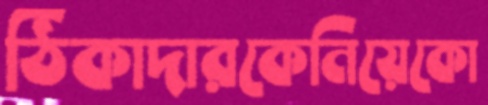
ঠিকাদারকেনিয়েকো